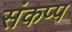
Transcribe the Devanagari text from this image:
संकप्प